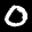
Digit: 0